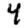
Digit: 4